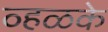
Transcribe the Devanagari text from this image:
व्हळके